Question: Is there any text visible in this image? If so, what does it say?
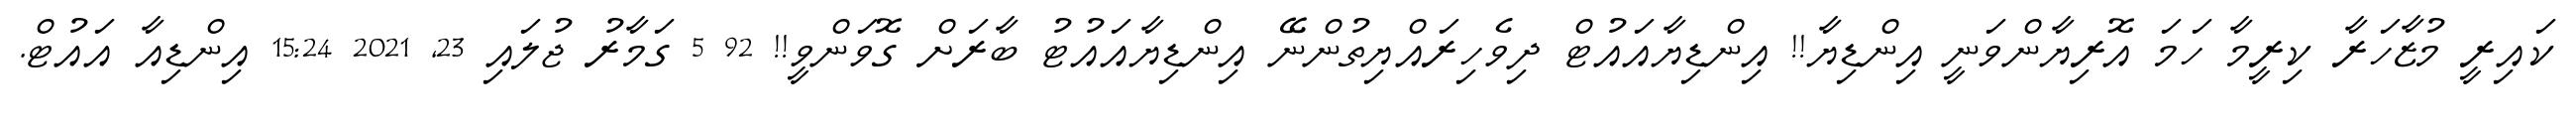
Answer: ކައިރީ މުޒާހަރާ ކިރީމާ ހަމަ އޮރިޔާންވަނީ އިންޑިޔާ!! އިންޑިޔާއައުޓް ދިވެހިރައްޔިތުންނޭ އިންޑިޔާއައުޓު ބާރަށް ގޮވަންވީ!! 92 5 ގަމާރު ޖުލައި 23, 2021 15:24 އިންޑިއާ އައުޓް.